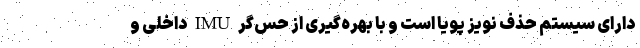
دارای سیستم حذف نویز پویا است و با بهره‌گیری از حس‌گر IMU داخلی و